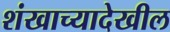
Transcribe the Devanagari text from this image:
शंखाच्यादेखील